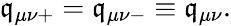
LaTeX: \mathfrak{q}_{\mu\nu+}=\mathfrak{q}_{\mu\nu-}\equiv\mathfrak{q}_{\mu\nu}.